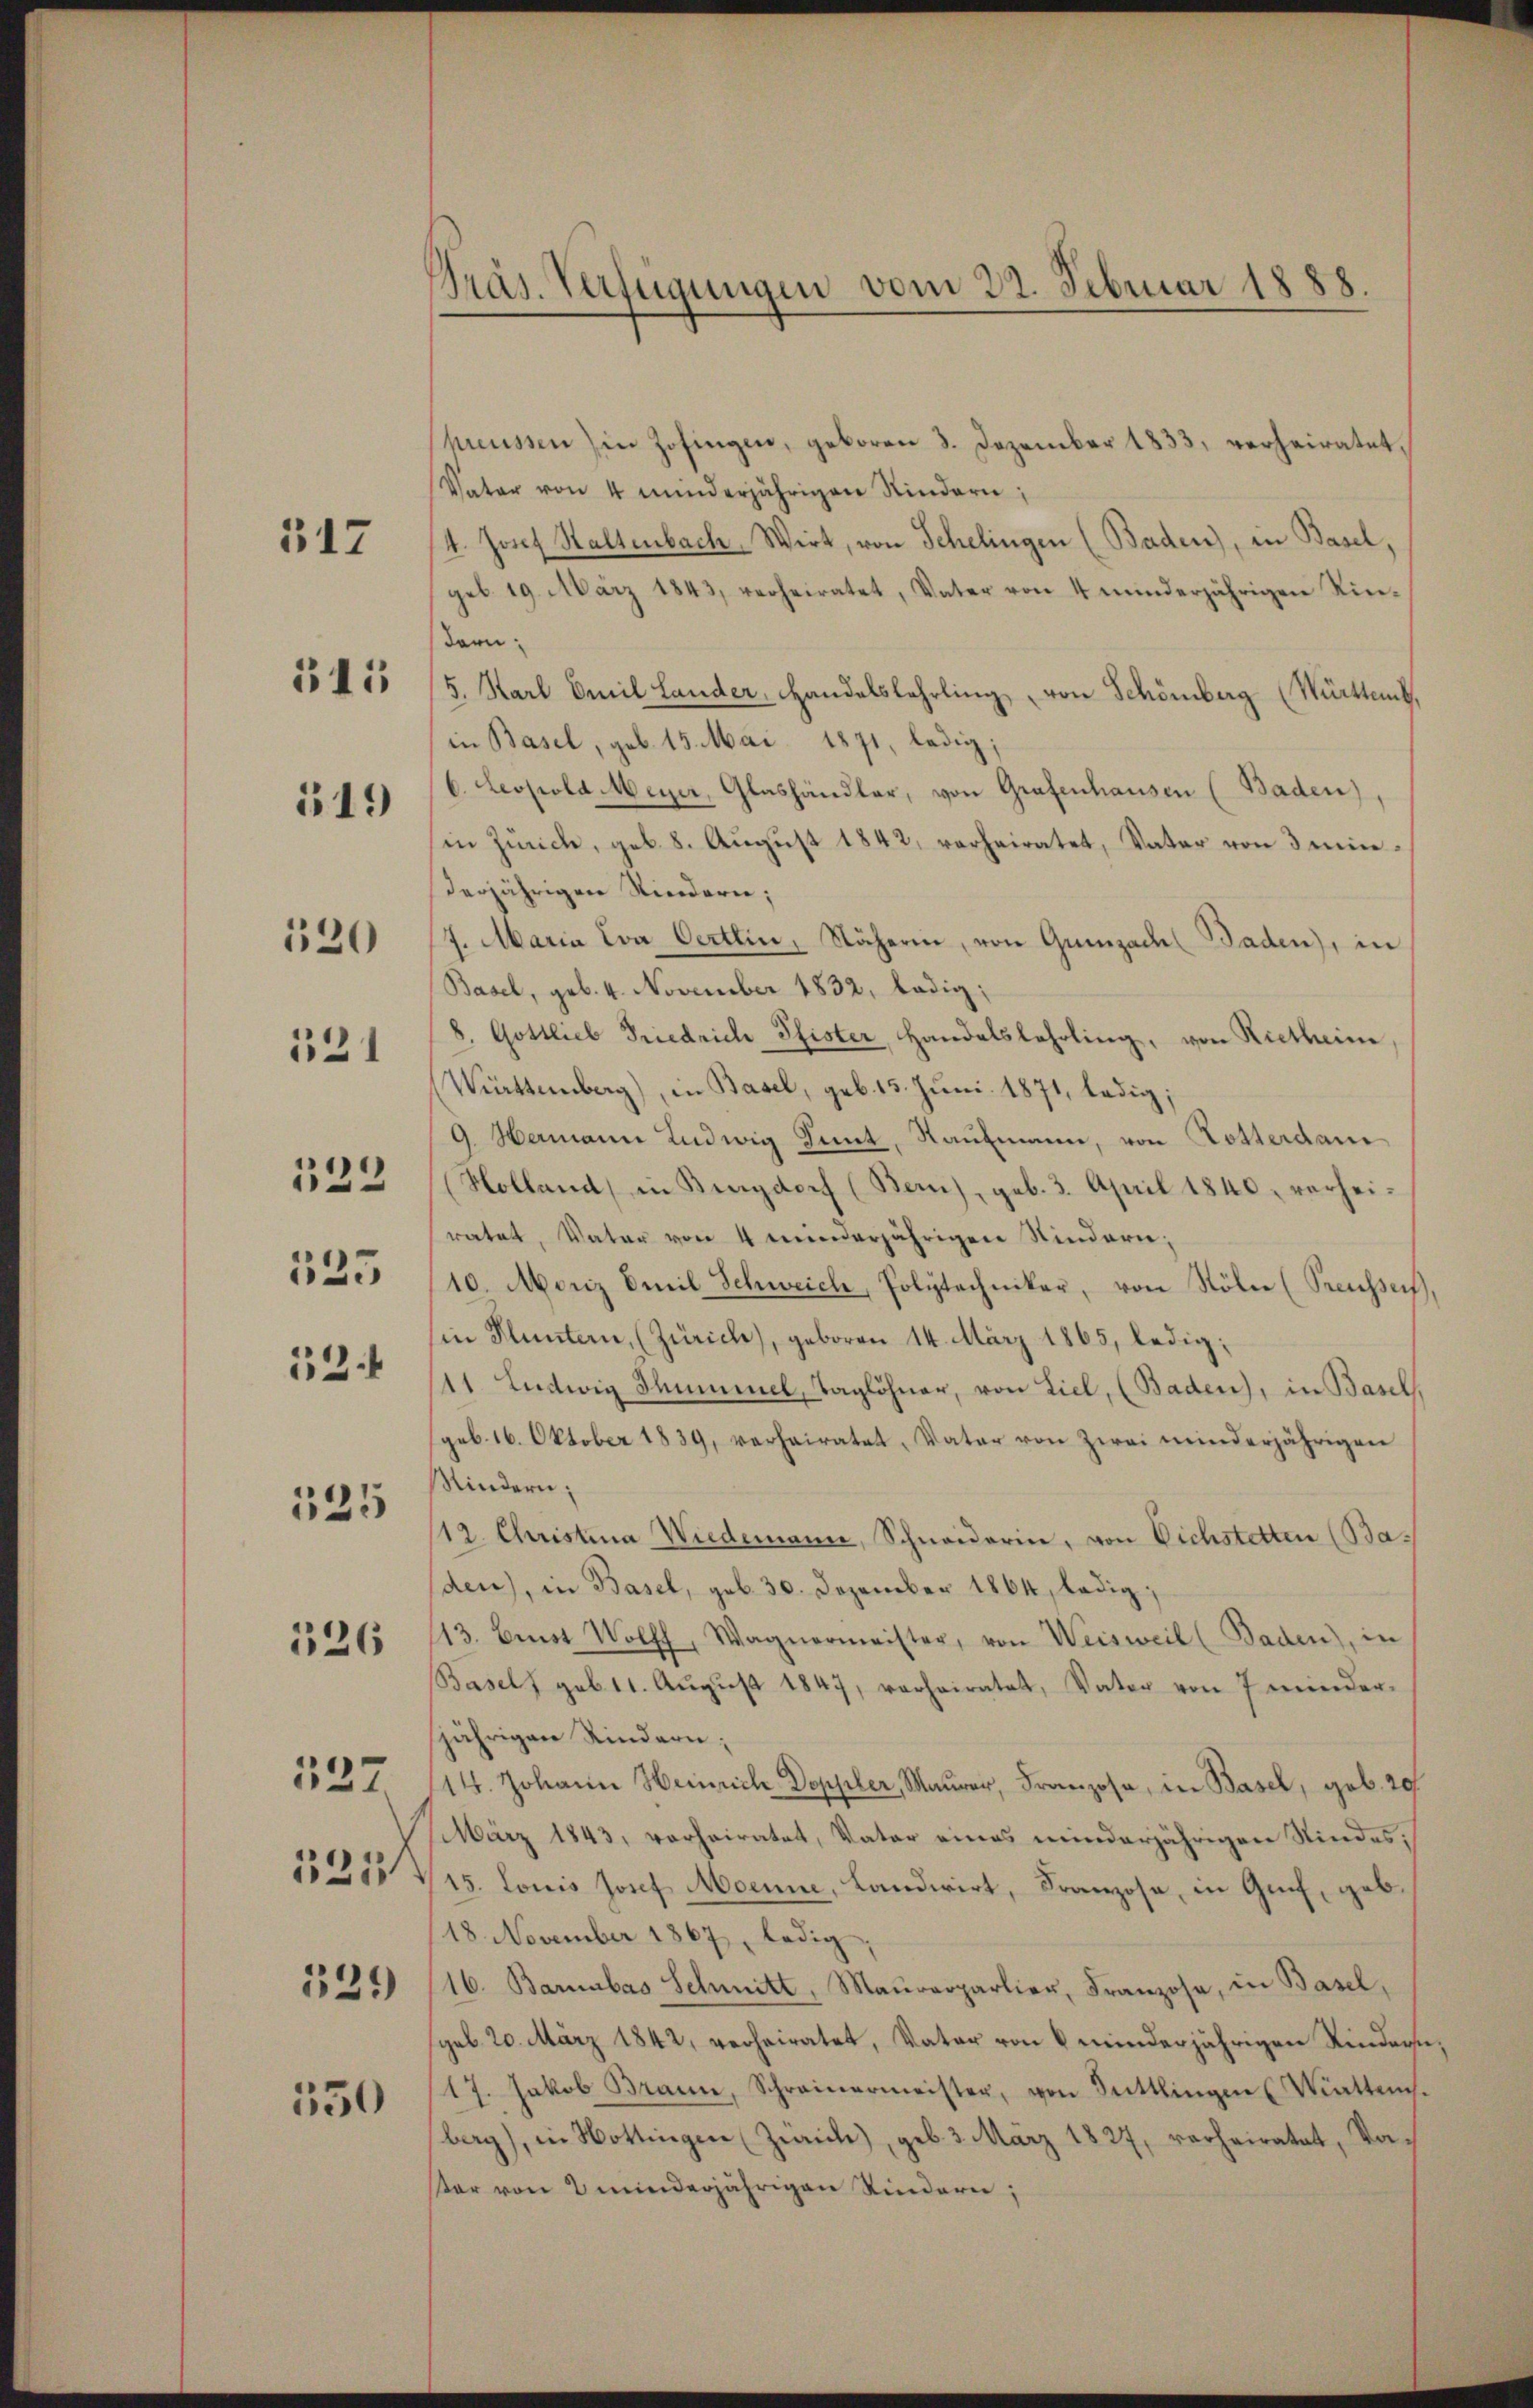
517

515

119

520

531

122

125

52.
125
326
137
221
131)

550

Präs. Verfügungen vom 22. Februar 1888

Threussen) in Zofingen, geboren 3. Dezember 1833. verheiratet,
Vater von 4 minderjährigen Kindern;
/4. Josef Haltenbach, Wirt, von Schelingen (Baden), in Basel,
geb. 19. März 1843, verheiratet, Vater von 4 minderjährigen Kin-
darn
5. Karl Emil Lander, Handelslehrling von Schönberg (Württemb.
in Basel, geb. 15. Mai 1871, ledig;
6. Leopold Meyer, Glashändler, von Grafenhausen (Baden),
in Zürich, geb. 8. August 1842, verheiratet, Vater von 3 minderjährigen Kindern;
7. Maria Eva Oertlin, Näherin, von Gumzadel Baden), in
Basel, geb. 4. November 1832, ledig;
8. Gottlieb Friedrich Pfister, Handelslehrling, von Rietheim,
Württemberg), in Basel, geb. 15. Juni 1871, ledig;
9. Hermann Ludwig Sint, Raufmann, von Dotterdan
Holland in Bingdorf (Bern), geb. 3. April 1840, vorheiratet, Vater von 4 minderjährigen Kindern;
10. Moriz Emil Schweich, Polytechniker, von Söhne (Preusser
in Fluntern, (Zürich), geboren 14. März 1865, ledig¬
11. Ludwig Thümmel, Taglöhner, von Liel, (Baden, in Basel,
geb. 16. Oktober 1839, verheiratet, Vater von zwei minderjährigen
Kindern;
/12. Christina Wiedemann, Schneiderin, von Dichstetten (Baden), in Basel, geb. 30. Dezember 1864, ledig
113. Einst Wolff, Wagnermeister, von Weisweil (Baden), in
Basels geb. 11. Aŭgŭst 1847, verheiratet, Vater von 7 minder-
jährigen Kindern;
14. Johann Heinrich Doppler, Maurer, Franzose, in Basel, geb. 20.
März 1843, vorheiratet, Vater eines minderjährigen Kindes¬
15. Louis Josef Moenne, Landwirt, Franzose, in Guch, geb
18. November 1867, ledig,
16. Barbas Schmitt, Maŭrerparlier, Franzose, in Basel,
geb. 20. März 1842, verheiratet, Vater von 6 minderjährigen Kindern
(17. Jakob Brann, Schreinermeister, von Sittlingen (Watten.
berg), in Hottingen (Zürich, geb. 3. März 1827, verheiratet, Vaar von 2 minderjährigen Kindern;